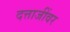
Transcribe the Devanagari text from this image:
दत्ताजींवर